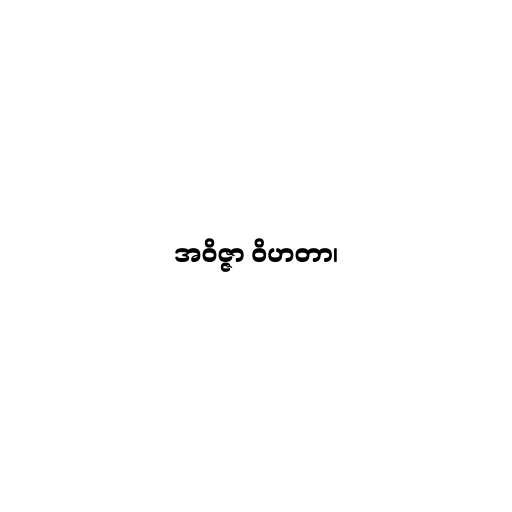
အဝိဇ္ဇာ ဝိဟတာ၊